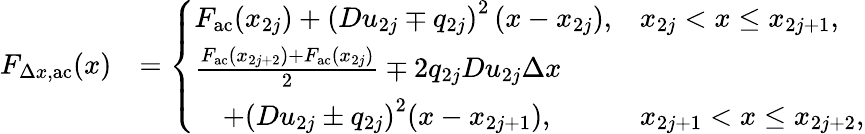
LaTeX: \begin{array}{rl}{F_{\Delta x,\mathrm{ac}}(x)}&{=\left\{ \begin{array}{ll}{F_{\mathrm{ac}}(x_{2j})+\left(Du_{2j}\mp q_{2j}\right)^{2}\left(x-x_{2j}\right),}&{x_{2j}<x\leq x_{2j+1},}\\ {\frac{F_{\mathrm{ac}}(x_{2j+2})+F_{\mathrm{ac}}(x_{2j})}{2}\mp 2q_{2j}Du_{2j}\Delta x}\\ {\quad+\left(Du_{2j}\pm q_{2j}\right)^{2}(x-x_{2j+1}),}&{x_{2j+1}<x\leq x_{2j+2},}\end{array}\right.}\end{array}